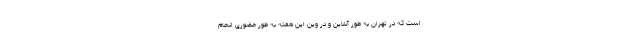
است که در تهران به طور آنلاین و در وین این هفته به طور حضوری انجام